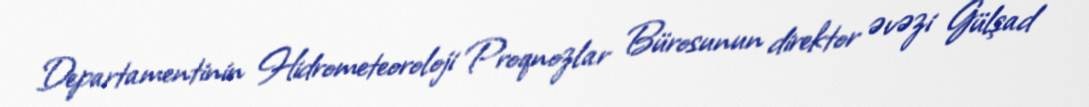
Departamentinin Hidrometeoroloji Proqnozlar Bürosunun direktor əvəzi Gülşad